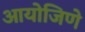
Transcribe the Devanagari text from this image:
आयोजिणे